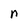
Character: n